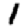
Digit: 1